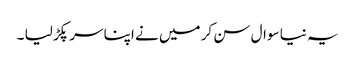
یہ نیا سوال سن کر میں نے اپنا سر پکڑ لیا ۔